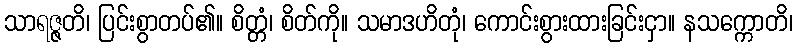
သာရဇ္ဇတိ၊ ပြင်းစွာတပ်၏။ စိတ္တံ၊ စိတ်ကို။ သမာဒဟိတုံ၊ ကောင်းစွားထားခြင်းငှာ။ နသက္ကောတိ၊